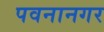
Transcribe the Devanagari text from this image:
पवनानगर